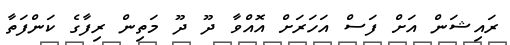
ރައިޝަން އަށް ފަސް އަހަރަށް އޮއްވާ ދޫ ދޫ މަތިން ރިފާގެ ކަންފަތާ